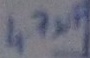
Text: 47µF